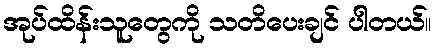
အုပ်ထိန်းသူတွေကို သတိပေးချင် ပါတယ်။